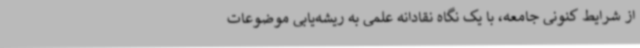
از شرایط کنونی جامعه، با یک نگاه نقادانه علمی به ریشه‌یابی موضوعات